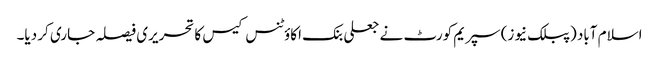
اسلام آباد (پبلک نیوز) سپریم کورٹ نے جعلی بنک اکاؤٹنس کیس کا تحریری فیصلہ جاری کر دیا۔